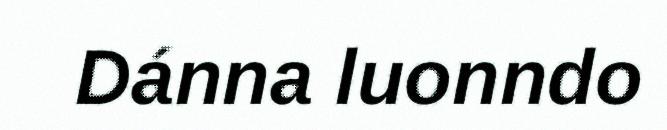
Dánna luonndo